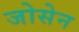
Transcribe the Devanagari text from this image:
जोसेन